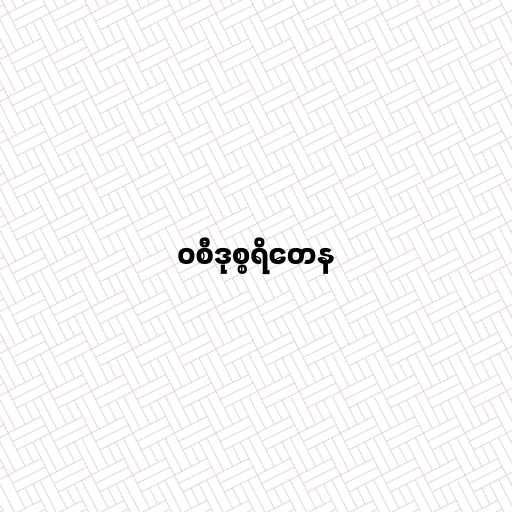
ဝစီဒုစ္စရိတေန